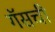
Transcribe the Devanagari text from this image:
गॅसची